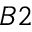
B 2